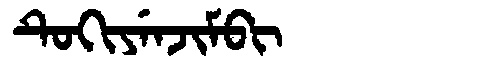
Manchu: ᡨᡠᡴᡳᠶᡝᠨᠵᡳᠮᠪᡳ
Romanization: TUKIYENJIMBI